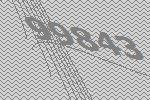
99843